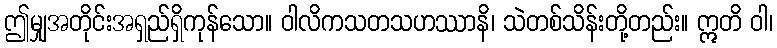
ဤမျှအတိုင်းအရှည်ရှိကုန်သော။ ဝါလိကသတသဟဿာနိ၊ သဲတစ်သိန်းတို့တည်း။ ဣတိ ဝါ၊